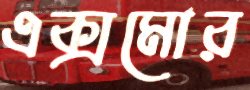
এক্সমোর